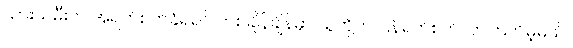
သားသမီးက အရက်စက်ခံရရင် တစ်ချိန်ချိန်မှာ သူတို့က ပြန်ရက်စက်လာကြလိမ့်မယ်။